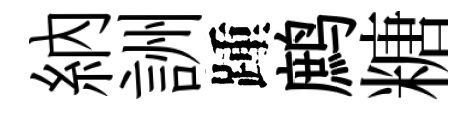
納詶踵鹧糖